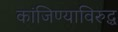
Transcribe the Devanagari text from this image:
कांजिण्याविरुद्ध